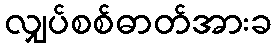
လျှပ်စစ်ဓာတ်အားခ